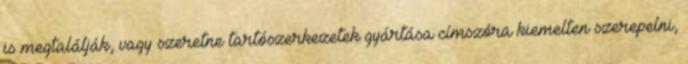
is megtalálják, vagy szeretne tartószerkezetek gyártása címszóra kiemelten szerepelni,